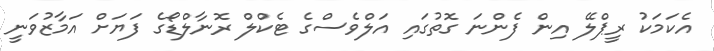
އެކަމަކު ރީޕްލޭ އިން ފެންނަ ގޮތުގައި އަލްވެސްގެ ޓެކްލް ރޮނާލްޑޯގެ ފަޔަށް އަމާޒުވަނީ